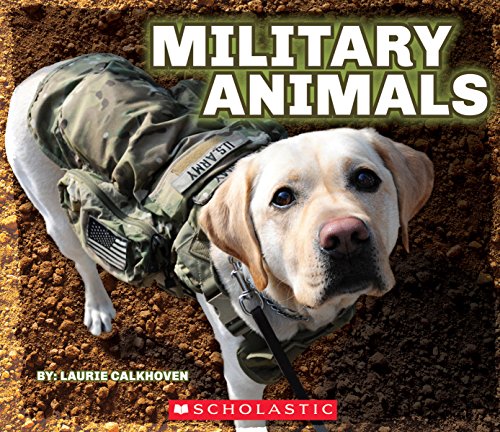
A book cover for Military Animals: with Dog Tags; Laurie Calkhoven; Children's Books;